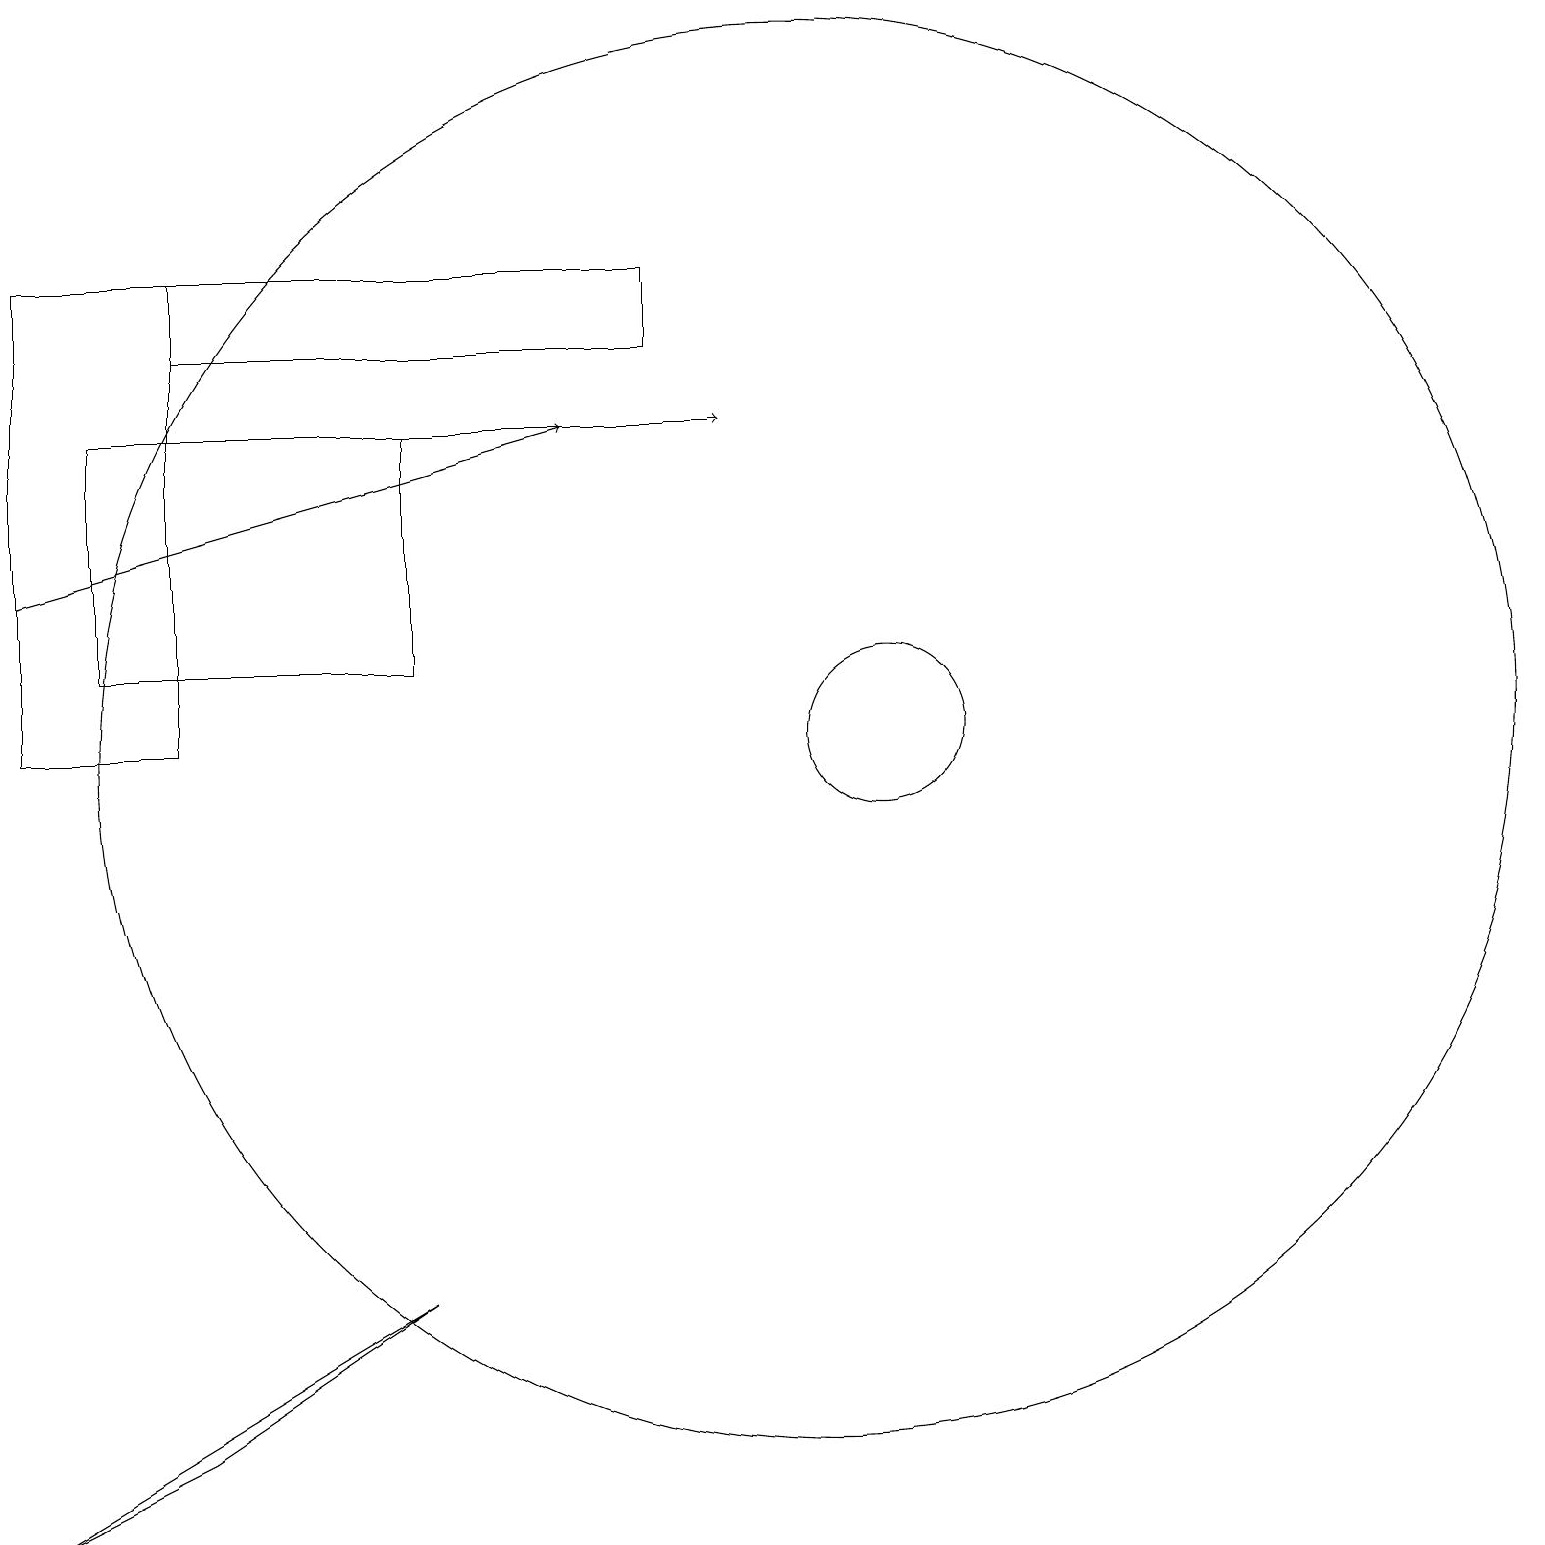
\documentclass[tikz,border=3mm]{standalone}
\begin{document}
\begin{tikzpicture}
\draw (11,11) circle (1);
\draw[->] (2,15) -- (9,15);
\draw (8,16) rectangle (2,17);
\draw (10,11) circle (9);
\draw (0,1) -- (2,2) -- (5,4) -- cycle;
\draw (5,15) rectangle (1,12);
\draw (0,11) rectangle (2,17);
\draw[->] (0,13) -- (7,15);
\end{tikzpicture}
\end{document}